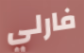
فارلي